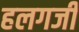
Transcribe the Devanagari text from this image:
हलगर्जी